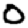
Digit: 0